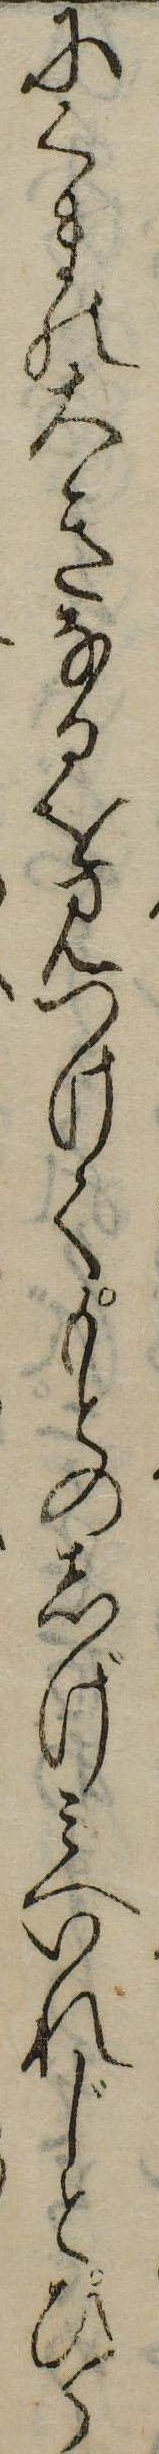
にくまの大きなるを見つけてもとのしげみへいれじとひら